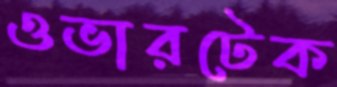
ওভারটেক